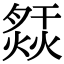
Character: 𤍙